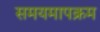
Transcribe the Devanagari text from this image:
समयमापक्रम